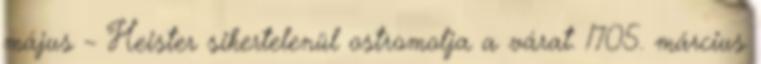
május – Heister sikertelenül ostromolja a várat. 1705. március